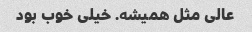
عالی مثل همیشه. خیلی خوب بود